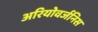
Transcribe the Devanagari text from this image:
अरियोवर्जनिस